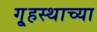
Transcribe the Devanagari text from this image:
गृ्हस्थाच्या